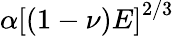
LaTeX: \alpha\left[(1-\nu)E\right]^{2/3}